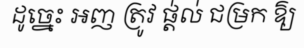
ដូច្នេះ អញ ត្រូវ ផ្ត់ល់ ជម្រក ឱ្យ